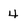
Character: 4